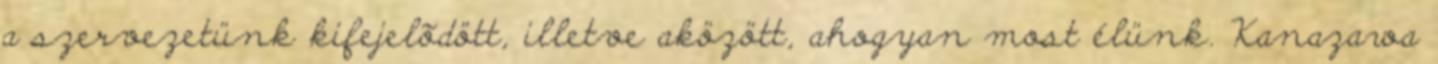
a szervezetünk kifejelõdött, illetve aközött, ahogyan most élünk. Kanazawa